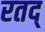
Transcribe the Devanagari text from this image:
रतद्